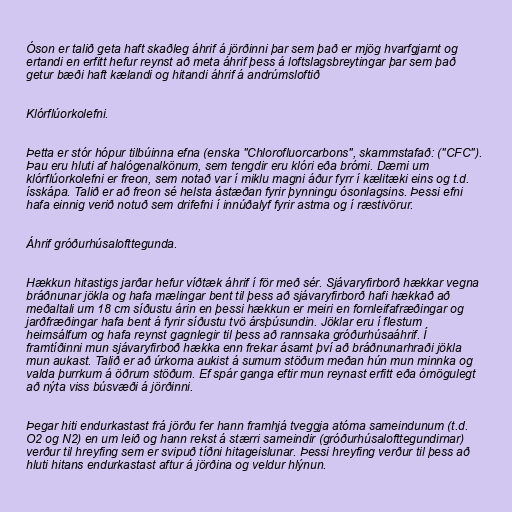
Óson er talið geta haft skaðleg áhrif á jörðinni þar sem það er mjög hvarfgjarnt og
ertandi en erfitt hefur reynst að meta áhrif þess á loftslagsbreytingar þar sem það
getur bæði haft kælandi og hitandi áhrif á andrúmsloftið

Klórflúorkolefni.

Þetta er stór hópur tilbúinna efna (enska "Chlorofluorcarbons", skammstafað: ("CFC").
Þau eru hluti af halógenalkönum, sem tengdir eru klóri eða brómi. Dæmi um
klórflúorkolefni er freon, sem notað var í miklu magni áður fyrr í kælitæki eins og t.d.
ísskápa. Talið er að freon sé helsta ástæðan fyrir þynningu ósonlagsins. Þessi efni
hafa einnig verið notuð sem drifefni í innúðalyf fyrir astma og í ræstivörur.

Áhrif gróðurhúsalofttegunda.

Hækkun hitastigs jarðar hefur víðtæk áhrif í för með sér. Sjávaryfirborð hækkar vegna
bráðnunar jökla og hafa mælingar bent til þess að sjávaryfirborð hafi hækkað að
meðaltali um 18 cm síðustu árin en þessi hækkun er meiri en fornleifafræðingar og
jarðfræðingar hafa bent á fyrir síðustu tvö ársþúsundin. Jöklar eru í flestum
heimsálfum og hafa reynst gagnlegir til þess að rannsaka gróðurhúsaáhrif. Í
framtíðinni mun sjávaryfirboð hækka enn frekar ásamt því að bráðnunarhraði jökla
mun aukast. Talið er að úrkoma aukist á sumum stöðum meðan hún mun minnka og
valda þurrkum á öðrum stöðum. Ef spár ganga eftir mun reynast erfitt eða ómögulegt
að nýta viss búsvæði á jörðinni.

Þegar hiti endurkastast frá jörðu fer hann framhjá tveggja atóma sameindunum (t.d.
O2 og N2) en um leið og hann rekst á stærri sameindir (gróðurhúsalofttegundirnar)
verður til hreyfing sem er svipuð tíðni hitageislunar. Þessi hreyfing verður til þess að
hluti hitans endurkastast aftur á jörðina og veldur hlýnun.